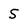
Character: 5